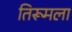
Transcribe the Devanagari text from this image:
तिरूमला